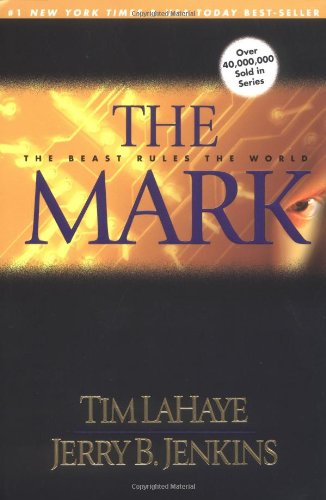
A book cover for The Mark: The Beast Rules the World (Left Behind No. 8); Jerry B. Jenkins; Christian Books & Bibles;